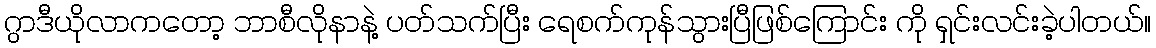
ဂွာဒီယိုလာကတော့ ဘာစီလိုနာနဲ့ ပတ်သက်ပြီး ရေစက်ကုန်သွားပြီဖြစ်ကြောင်း ကို ရှင်းလင်းခဲ့ပါတယ်။